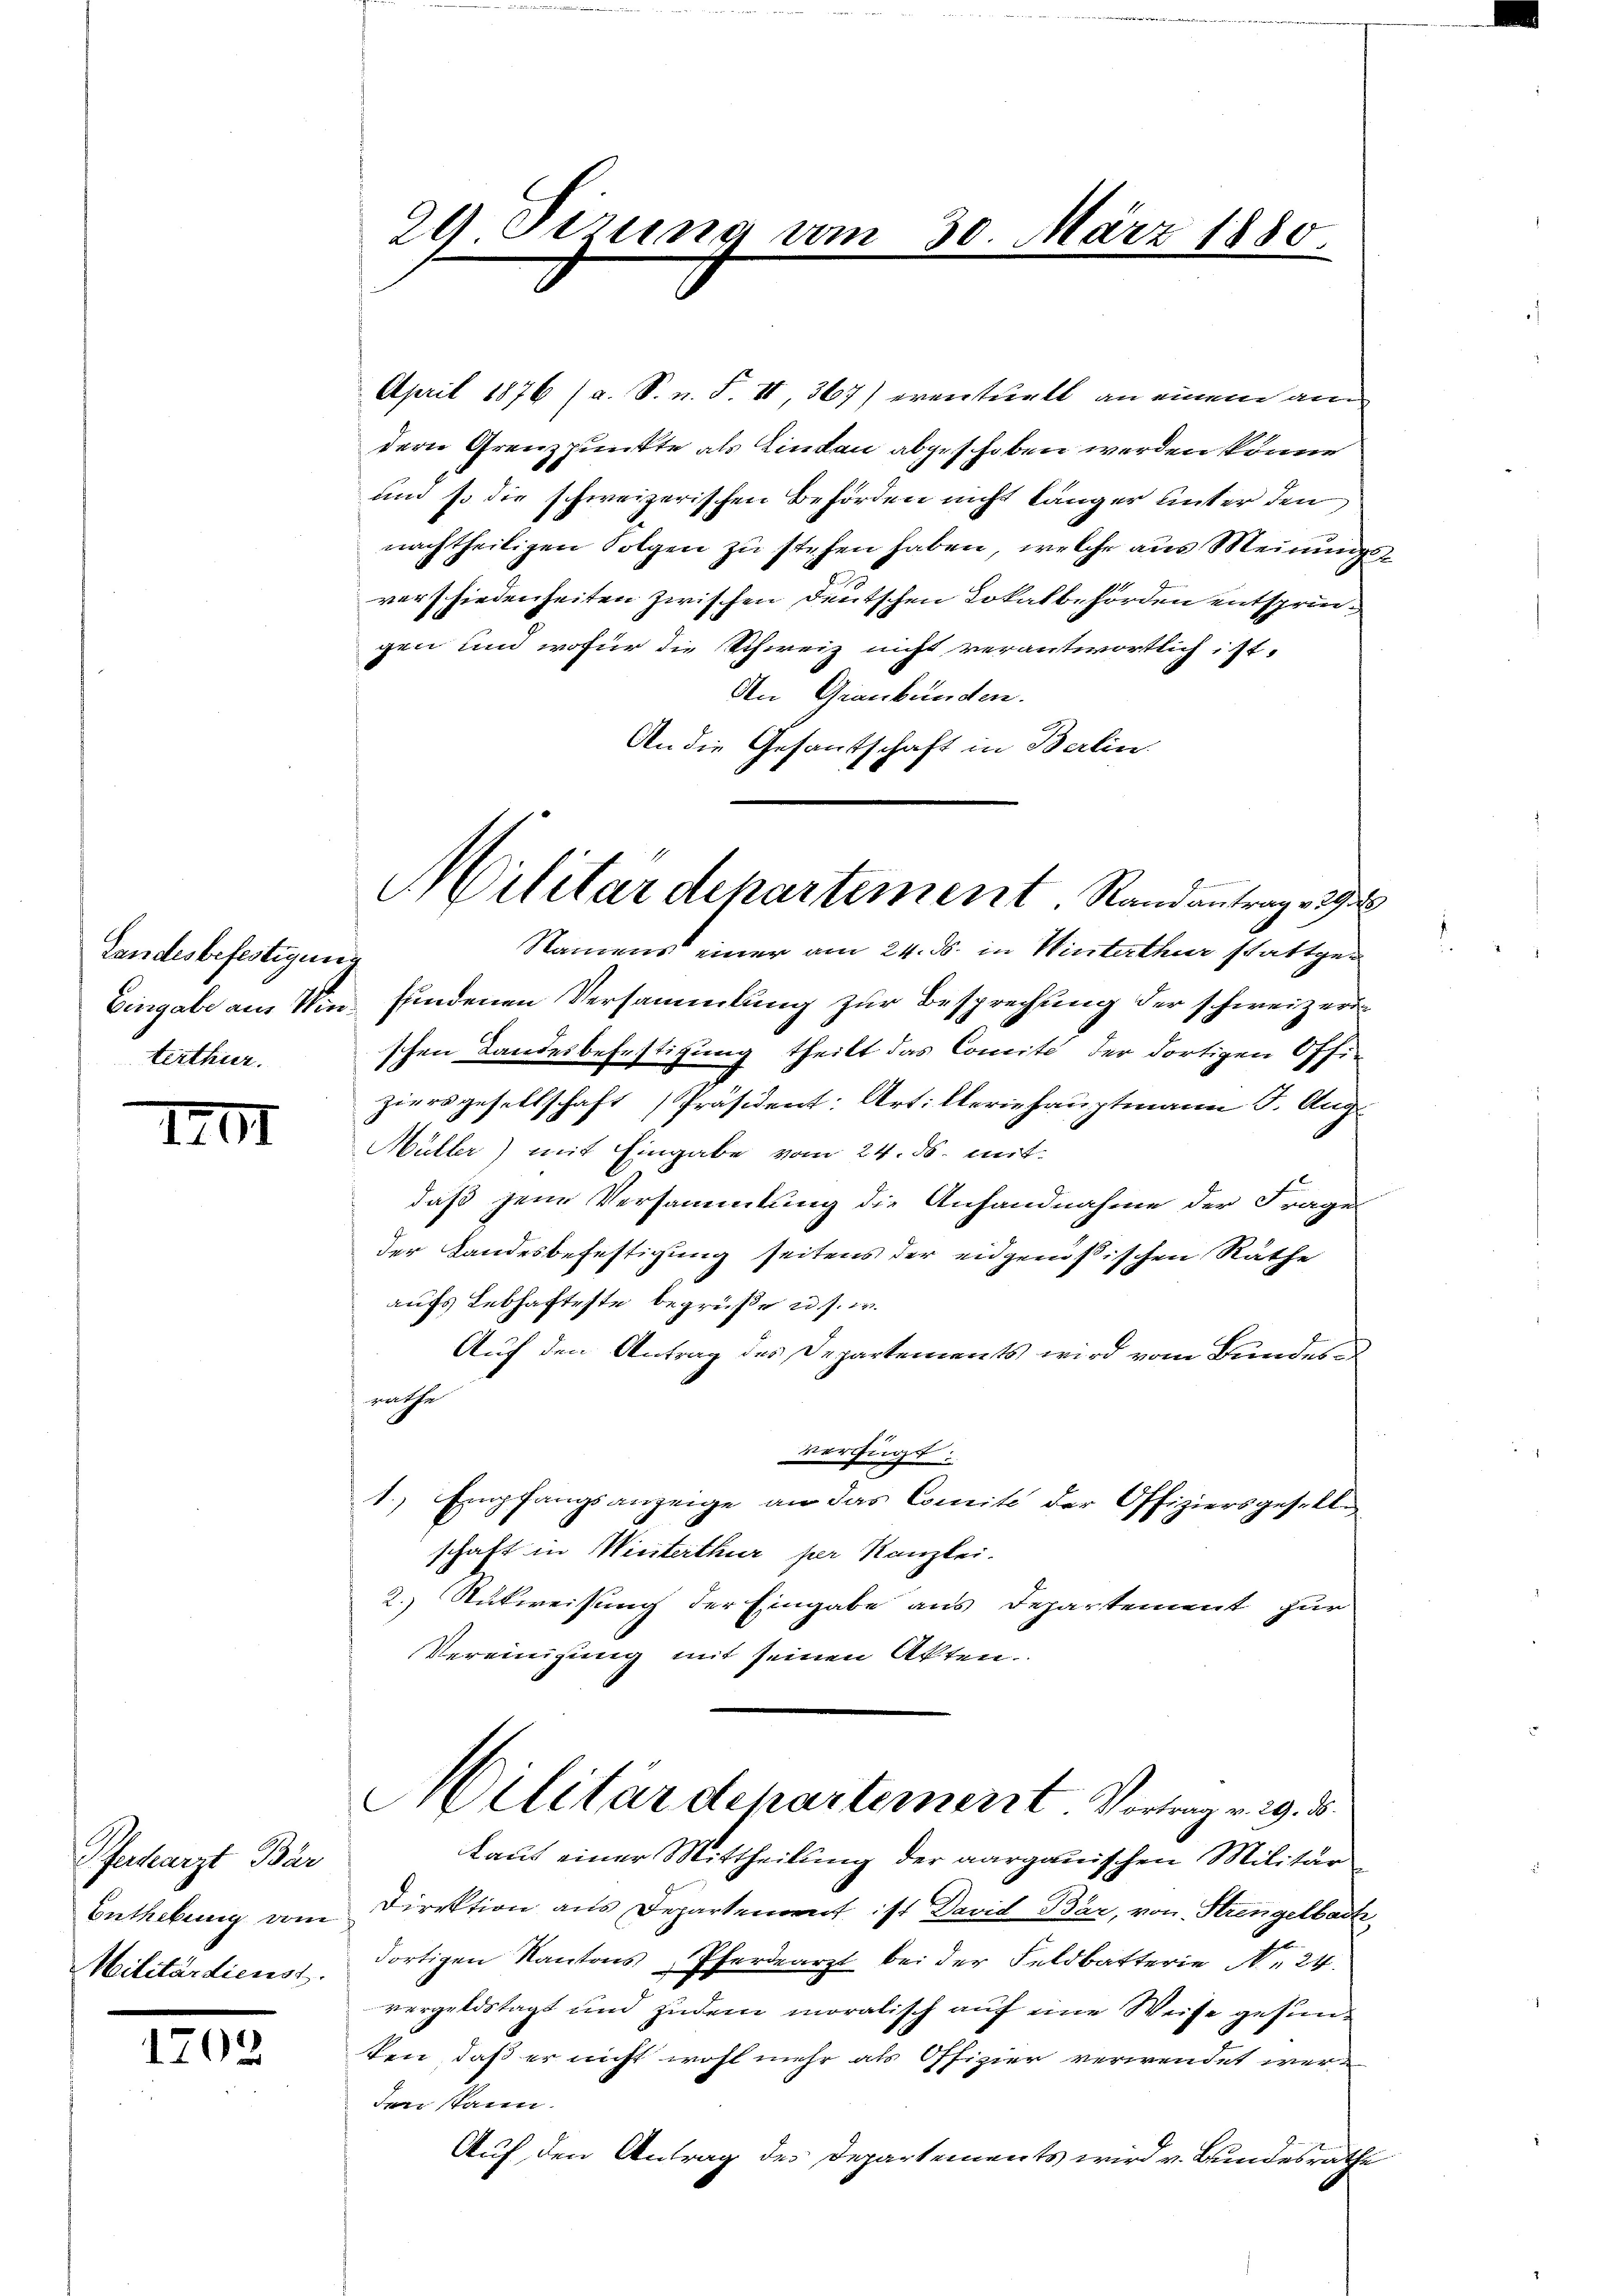
Landesbefestigung
terthur.

IIII

henlangt die
Enthebung vom
Militärdienst.

1702

29 Tizung vom 30. März 1880.

Militärdepartement Randantrag v. 293
Namens einer am 24. ds. in Winterthur stattge¬

April 1876 (a. S. n. F. II, 367) eventuell an einem am
dern Grenzpunkte als Lindau abgeschoben werden könne
un so die schweizerischen Behörden nicht länger unter den
nachtheiligen Folgen zu stehen haben, welche aus Meinung
verschiedenheiten zwischen Deutschen Lokalbehörden entspringen und wofür die Schweiz nicht verantwortlich ist.
An Graubünden.
An die Gesantschaft in Berlin
Eingabe am Vin fundenen Versammlung zur Besprechung der schweizerischen Landesbefestigung theilt das Comité der dortigen Offi-
ziersgesellschaft Präsident: Artilleriehauptmann J. Aug.
Müller) mit Eingabe vom 24. ds. mitdaß jene Versammlung die Anfandnahme der Frage
der Landesbefestigung seitens der eidgenößischen Räthe
aufs Lebhafteste begrüße u. s. w.
Auf den Antrag des Departements wird vom Bundesrathe
verfügt:
1.) Empfangsanzeige an das Comité der Offiziersgeselle
schaft in Winterthur per Kanzlei.
2. Rückweisung der Eingabe aus Departement zur
Vereinigung mit seinen Akten.
Militärdepartement Vortrag v. 29. d.
laut einer Mittheilung der aargauischen Militär
Direktion aus Departement ist David Bär, von Strengelbach
dortigen Kantons, Pferdearzt bei der Feldbatterie N. 24.
vergeldstagt und zudem moralisch auf eine Weise gesunten, daß er nicht wohl mehr als Offizier verwendet wer¬
Jerikanen.
Auf den Antrag des Departements wird v. Bundesrathe

2